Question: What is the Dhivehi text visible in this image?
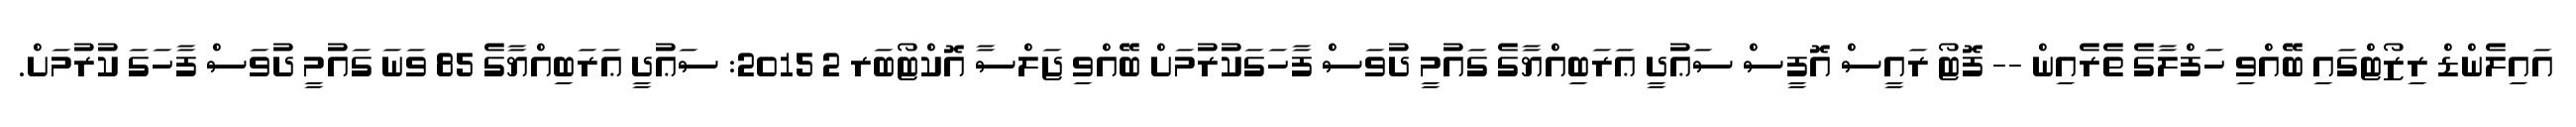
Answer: އައިލެންޑް ރިޒޯޓްގައި ބޭއްވި ހަފްލާގެ ތެރެއިން -- ފޮޓޯ ރައީސް އޮފީސް ސަޢުދީ ޢަރަބިއްޔާގެ ގައުމީ ދުވަސް ފާހަގަކުރުމަށް ބޭއްވި ޖަލްސާ އޮކްޓޯބަރ 2 2015: ސަޢުދީ ޢަރަބިއްޔާގެ 85 ވަނަ ގައުމީ ދުވަސް ފާހަގަ ކުރުމަށް.